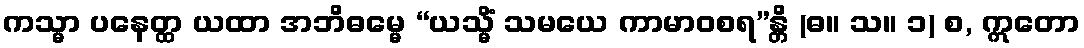
ကသ္မာ ပနေတ္ထ ယထာ အဘိဓမ္မေ “ယသ္မိံ သမယေ ကာမာဝစရ”န္တိ (ဓ။ သ။ ၁) စ, ဣတော